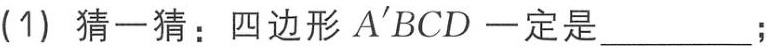
(1) 猜一猜：四边形 \(A^{\prime}BCD\) 一定是________；